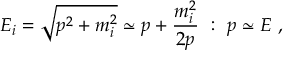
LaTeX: E _ { i } = \sqrt { p ^ { 2 } + m _ { i } ^ { 2 } } \simeq p + \frac { m _ { i } ^ { 2 } } { 2 p } ~ : ~ p \simeq E ~ ,